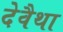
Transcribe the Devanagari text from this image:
देवैथा